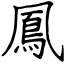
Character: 鳳